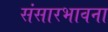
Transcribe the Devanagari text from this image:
संसारभावना